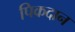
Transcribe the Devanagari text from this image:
पिकदान